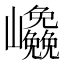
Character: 𭗹